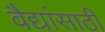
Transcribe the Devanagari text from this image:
वैद्यांसाठी